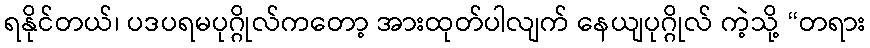
ရနိုင်တယ်၊ ပဒပရမပုဂ္ဂိုလ်ကတော့ အားထုတ်ပါလျက် နေယျပုဂ္ဂိုလ် ကဲ့သို့ “တရား